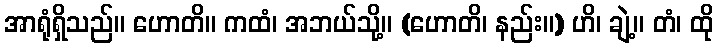
အာရုံရှိသည်။ ဟောတိ။ ကထံ၊ အဘယ်သို့။ (ဟောတိ၊ နည်း။) ဟိ၊ ချဲ့။ တံ၊ ထို